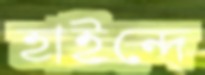
হাইন্দে